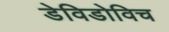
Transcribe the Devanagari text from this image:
डेविडोविच